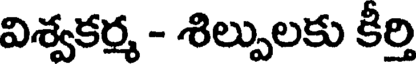
విశ్వకర్మ - శిల్పులకు కీర్తి